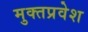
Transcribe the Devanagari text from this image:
मुक्तप्रवेश